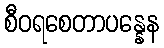
စီဝရစေတာပန္နေန